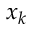
x _ { k }